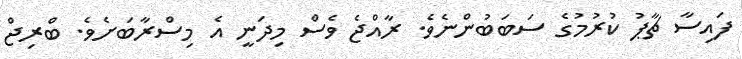
ފައިސާ ޗާޕު ކުރުމުގެ ސަބަބުންނެވެ. ރާއްޖެ ވެސް މިދަނީ އެ މިސްރާބަށެވެ. ބްރިޖް